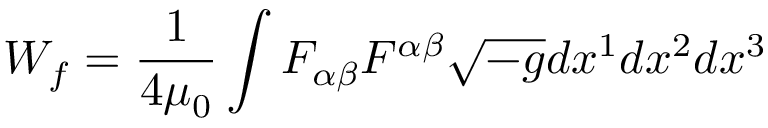
~ W _ { f } = { \frac { 1 } { 4 \mu _ { 0 } } } \int { F _ { \alpha \beta } F ^ { \alpha \beta } { \sqrt { - g } } d x ^ { 1 } d x ^ { 2 } d x ^ { 3 } }